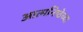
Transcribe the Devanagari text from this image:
आत्मनिष्ठेच्या